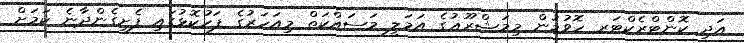
އަދި ކޮންޓްރެކްޓަރ ހޮވުމުން މިމަޝްރޫޢުގެ އަމަލީ މަސައްކަތް މިއަހަރުގެ ފަހުކޮޅުގައި ފެށިގެންދާނެ ކަމަށް